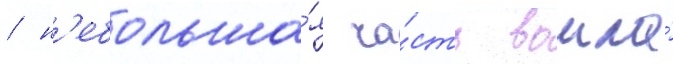
/ н'ебольша́я ча́сть вошла́